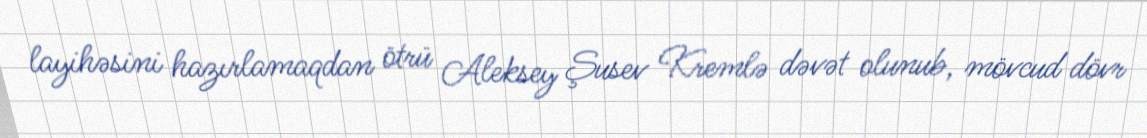
layihəsini hazırlamaqdan ötrü Aleksey Şusev Kremlə dəvət olunub, mövcud dövr